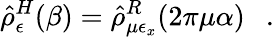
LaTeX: \hat{\rho}_{\epsilon}^{H}(\beta)=\hat{\rho}_{\mu\epsilon_{x}}^{R}(2\pi\mu\alpha)~~~.